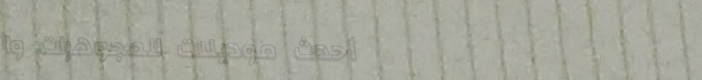
أحدث موديلات المجوهرات وا